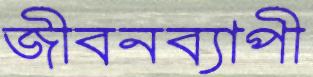
জীবনব্যাপী